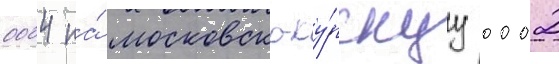
0004 на́ московско-ку́рскуу 0002